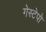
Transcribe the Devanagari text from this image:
गेस्टेपो